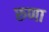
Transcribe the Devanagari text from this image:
रुणा